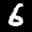
Label: 6